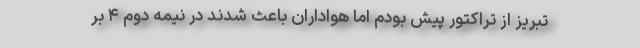
تبریز از تراکتور پیش بودم اما هواداران باعث شدند در نیمه دوم ۴ بر